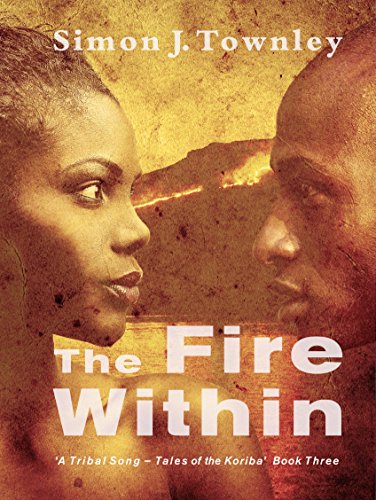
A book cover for The Fire Within (A Tribal Song - Tales of the Koriba Book 3); Simon J. Townley; Teen & Young Adult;